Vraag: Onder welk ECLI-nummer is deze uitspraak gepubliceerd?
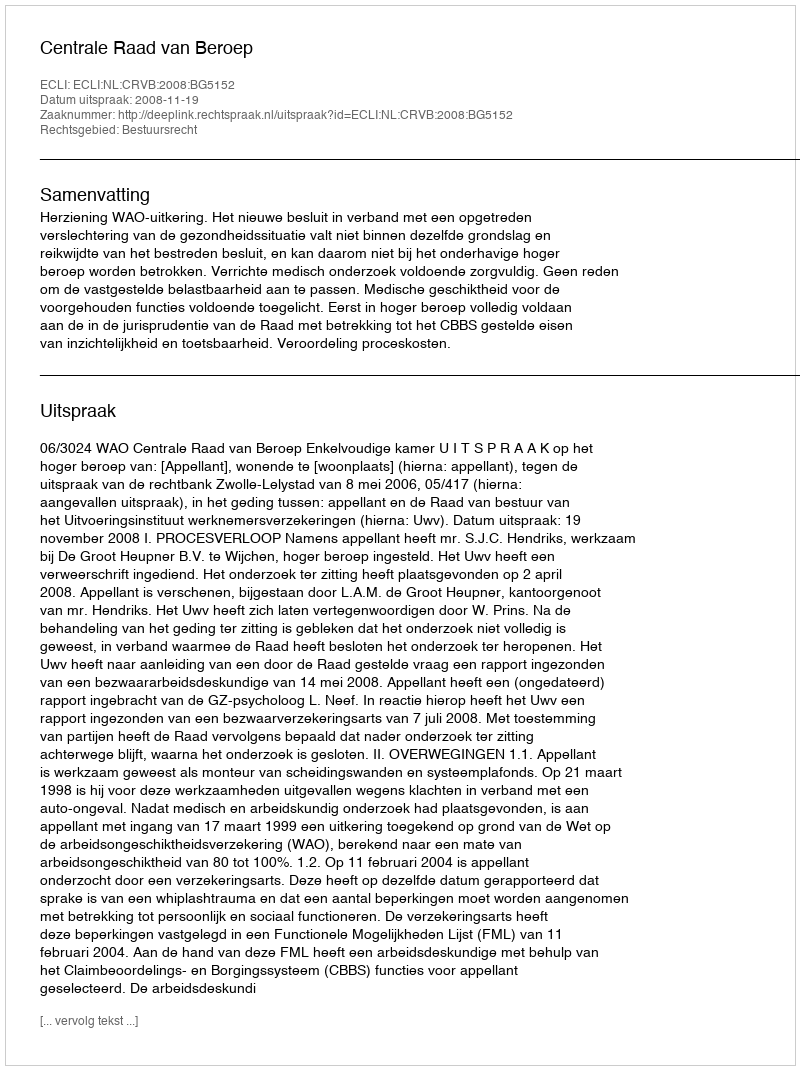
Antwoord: ECLI:NL:CRVB:2008:BG5152